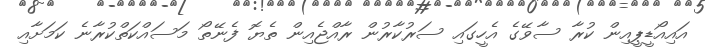
އައިއޯޑީޕީއިން ކުރާ ސާވޭގެ އެހީގައި ސަރުކާރުން ރާއްޖެއިން ތެޔޮ ފެނޭތޯ މަސައްކަތްކުރާނެ ކަމަށާއި